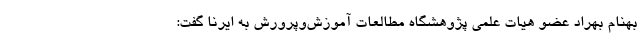
بهنام بهراد عضو هیات علمی پژوهشگاه مطالعات آموزش‌وپرورش به ایرنا گفت: